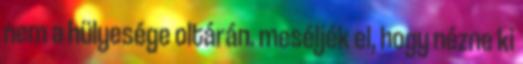
nem a hülyesége oltárán. meséljék el, hogy nézne ki